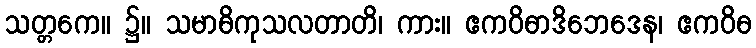
သတ္တကေ။ ၌။ သမာဓိကုသလတာတိ၊ ကား။ ဧကဝိဓာဒိဘေဒေန၊ ဧကဝိဓ